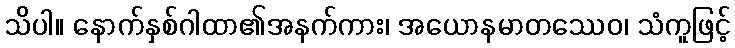
သိပါ။ နောက်နှစ်ဂါထာ၏အနက်ကား၊ အယောနမာတဿေဝ၊ သံကူဖြင့်